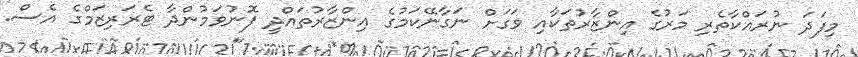
މިފަދަ ނުރައްކާތެރި މަރުގެ އިންޒާރުތަކާއި ވަގަށް ނަގާނޭކަމުގެ އިންޒާރުތައްދީ ފޮނުވަމުންދާ ޓެރަރިޒަމްގެ އެސް.